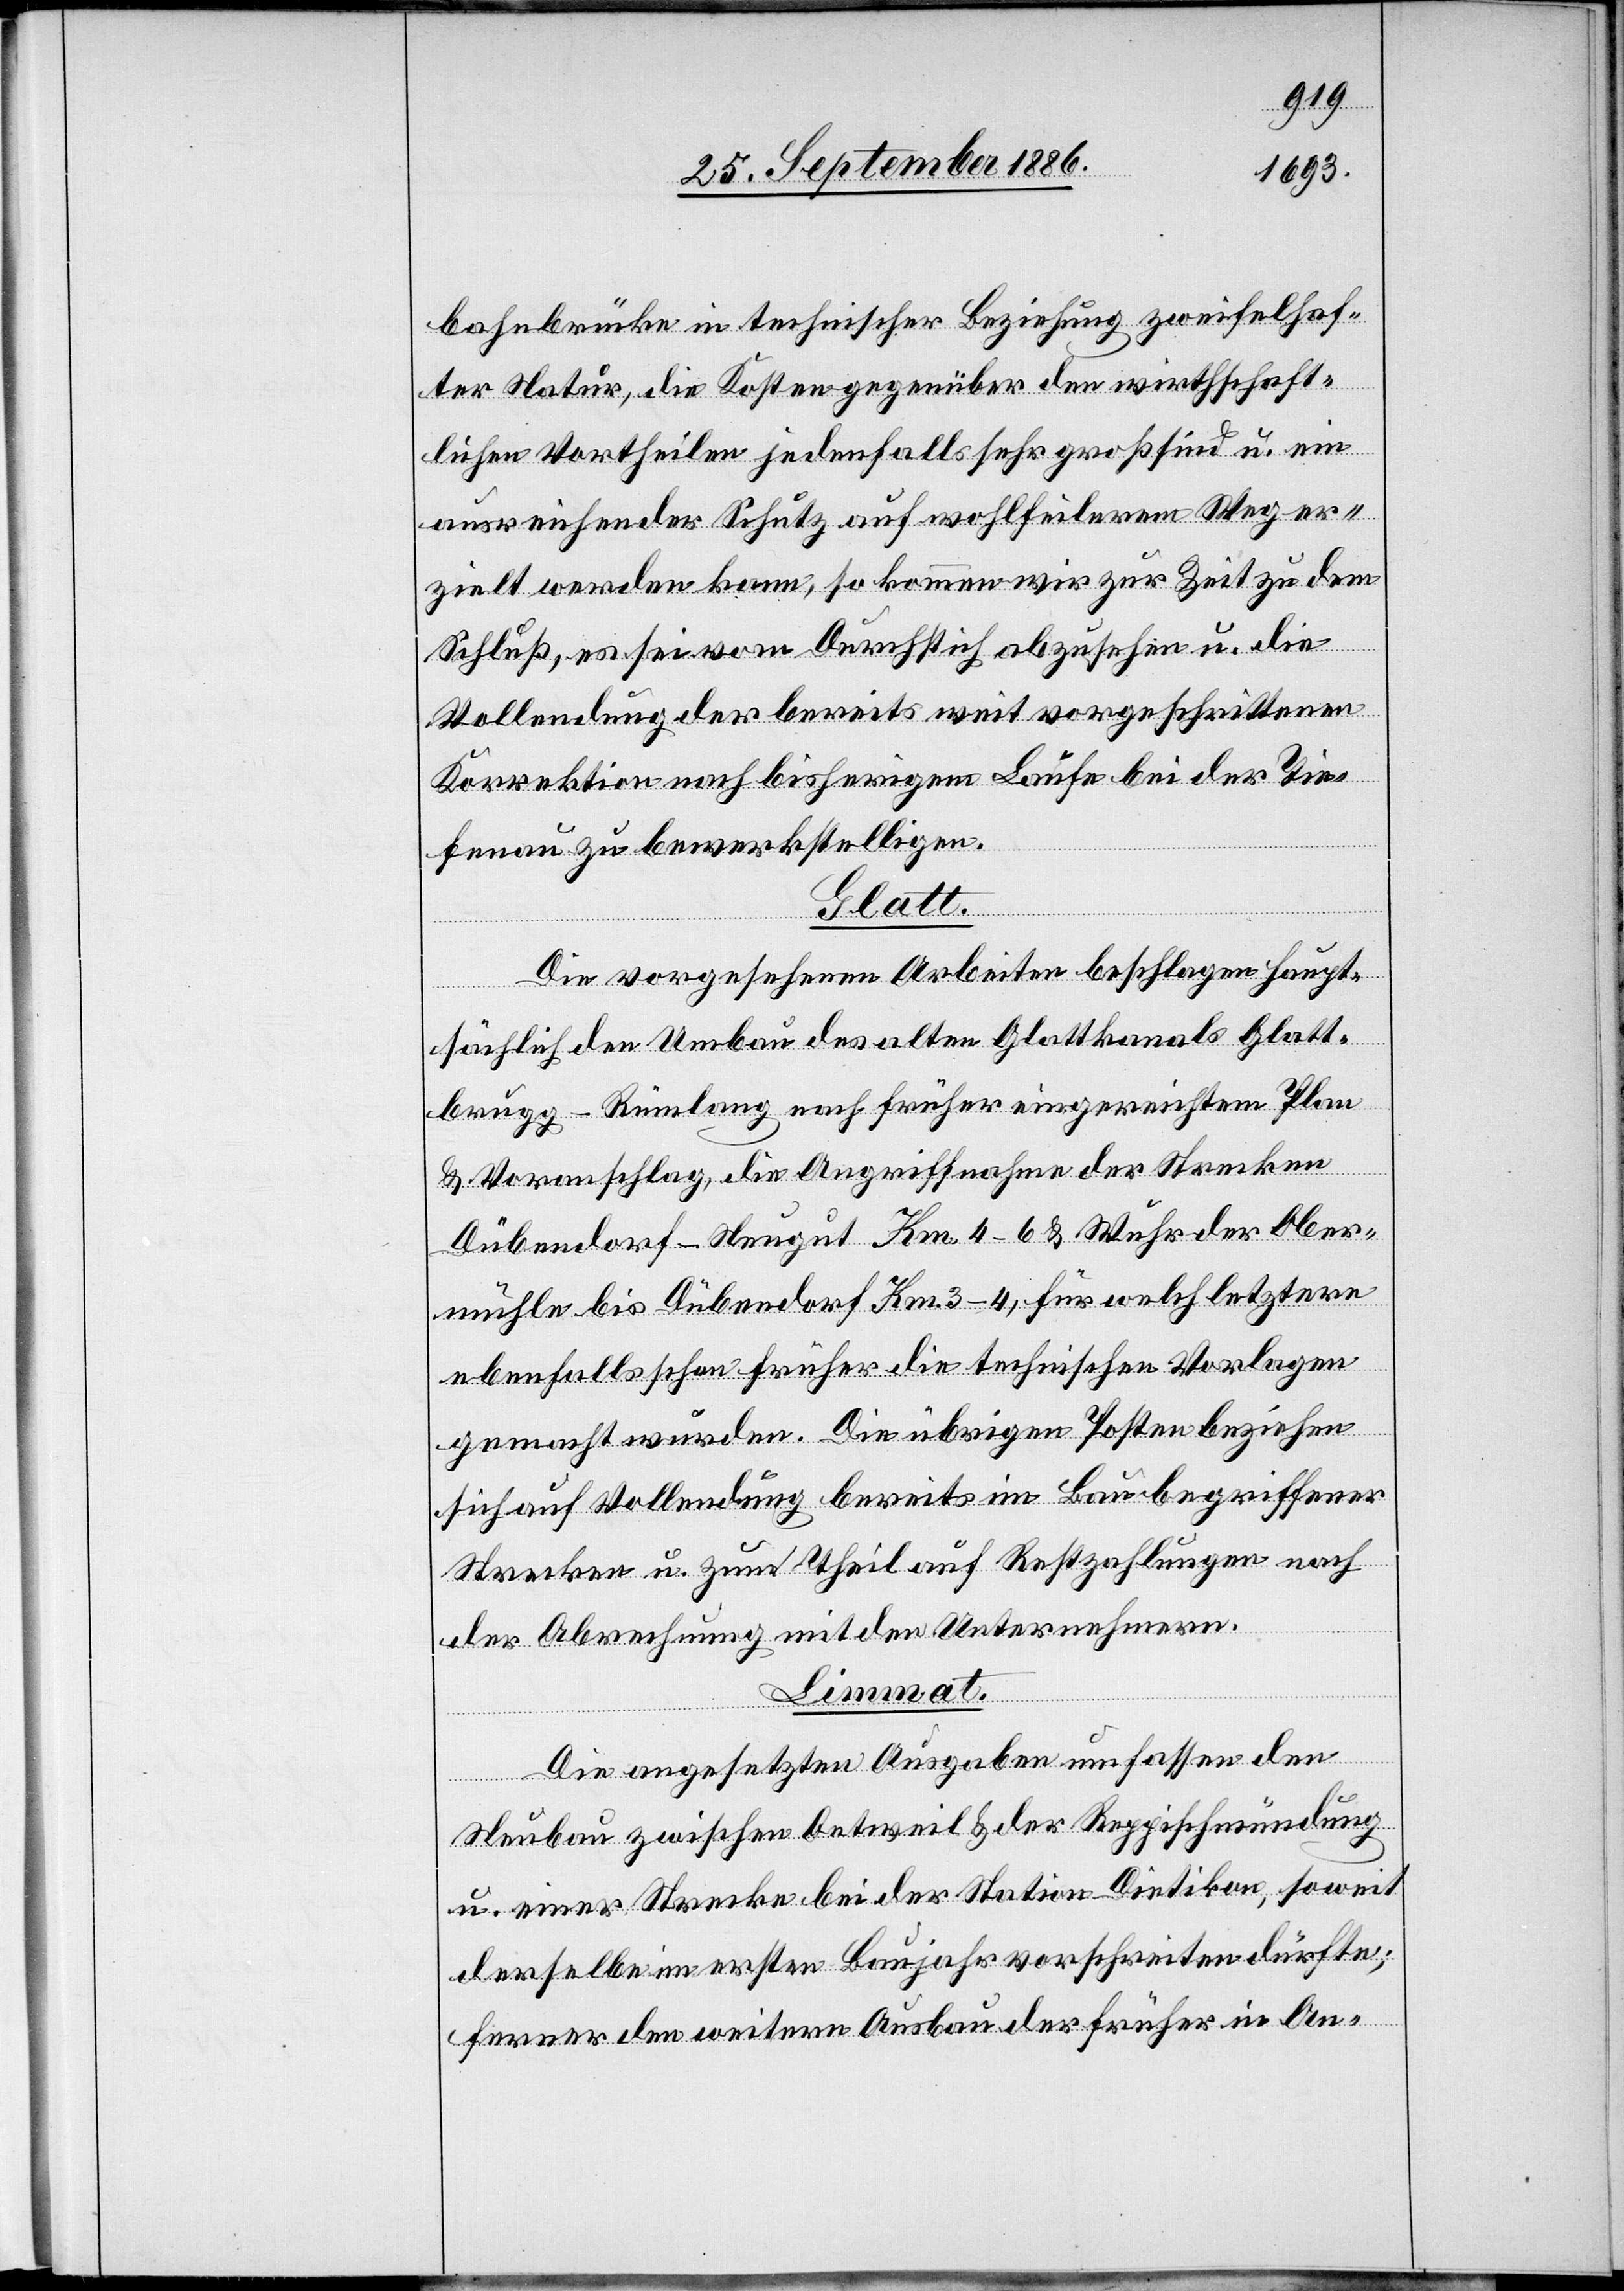
bahnbrücke in technischer Beziehung zweifelhaf¬
ter Natur, die Kosten gegenüber den wirthschaft¬
lichen Vortheilen jedenfalls sehr groß sind u. ein
ausreichender Schutz auf wohlfeilerem Weg er¬
zielt werden kann, so kommen wir zur Zeit zu dem
Schluß, es sei vom Durchstich abzusehen u. die
Vollendung der bereits weit vorgeschrittenen
Korrektion nach bisherigem Laufe bei der Tie¬
fenau zu bewerkstelligen.
Glatt.
Die vorgesehenen Arbeiten beschlagen haupt¬
sächlich den Umbau des alten Glattkanals Glatt¬
brugg–Rümlang nach früher eingereichtem Plan
& Voranschlag, die Angriffnahme der Strecken
Dübendorf–Neugut Km. 4–6 & Wuhr der Ober¬
mühle bis Dübendorf Km. 3–4, für welch letztere
ebenfalls schon früher die technischen Vorlagen
gemacht wurden. Die übrigen Posten beziehen
sich auf Vollendung bereits im Bau begriffener
Strecken u. zum Theil auf Restzahlungen nach
der Abrechnung mit den Unternehmern.
mat
Die angesetzten Ausgaben umfassen den
Neubau zwischen Oetweil & der Reppischmündung
u. einer Strecke bei der Station Dietikon, soweit
derselbe im ersten Baujahr vorschreiten dürfte;
ferner den weitern Ausbau der früher in An-